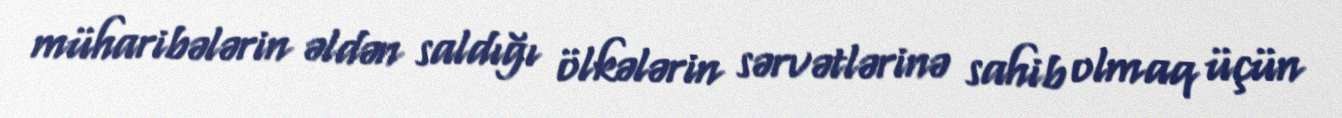
müharibələrin əldən saldığı ölkələrin sərvətlərinə sahib olmaq üçün